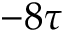
- 8 \tau